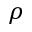
\rho